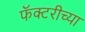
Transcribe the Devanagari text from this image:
फॅक्टरीच्या